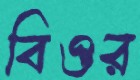
বিওর